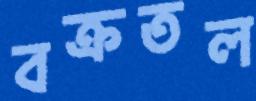
বক্রতল